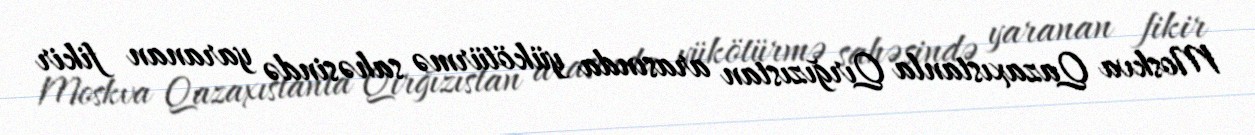
Moskva Qazaxıstanla Qırğızıstan arasında yükötürmə sahəsində yaranan fikir